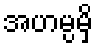
အဟမ္ပမှိ